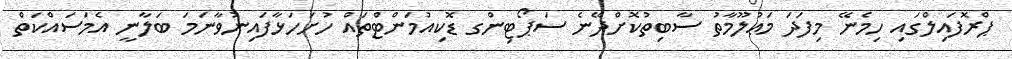
ޕްރޮފައިލްގައި ހިމެނޭ މިފަދަ މަޢުލޫމާތު ސާބިތުކޮށްދޭނެ ސަޕޯޓިންގ ޑޮކިއުމަންޓްތައް ހުށަހަޅާފައިނުވާނަމަ ބަލާނީ އެމަސައްކަތް